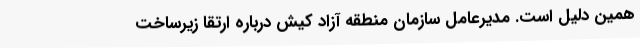
همین دلیل است. مدیرعامل سازمان منطقه آزاد کیش درباره ارتقا زیرساخت